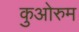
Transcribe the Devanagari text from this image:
कुओरुम